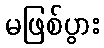
မဖြစ်ပွား